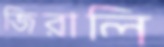
জিরালি